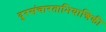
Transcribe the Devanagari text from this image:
दूरसंचारताभियान्त्रिकी